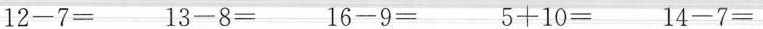
12-7= 13-8= 16-9= 5+10= 14-7=